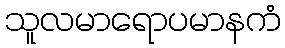
သူလမာရောပမာနကံ